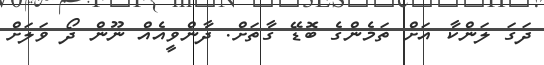
ދަގަ ލަންކާ އަށް ތަމެންގެ ބޮޑޭ ގާތަށް. ދާންވީއެއް ނޫން ދޯ ވަލަށް